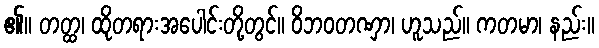
၏။ တတ္ထ၊ ထိုတရားအပေါင်းတို့တွင်။ ဝိဘဝတဏှာ၊ ဟူသည်။ ကတမာ၊ နည်း။